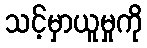
သင့်မှာယူမှုကို